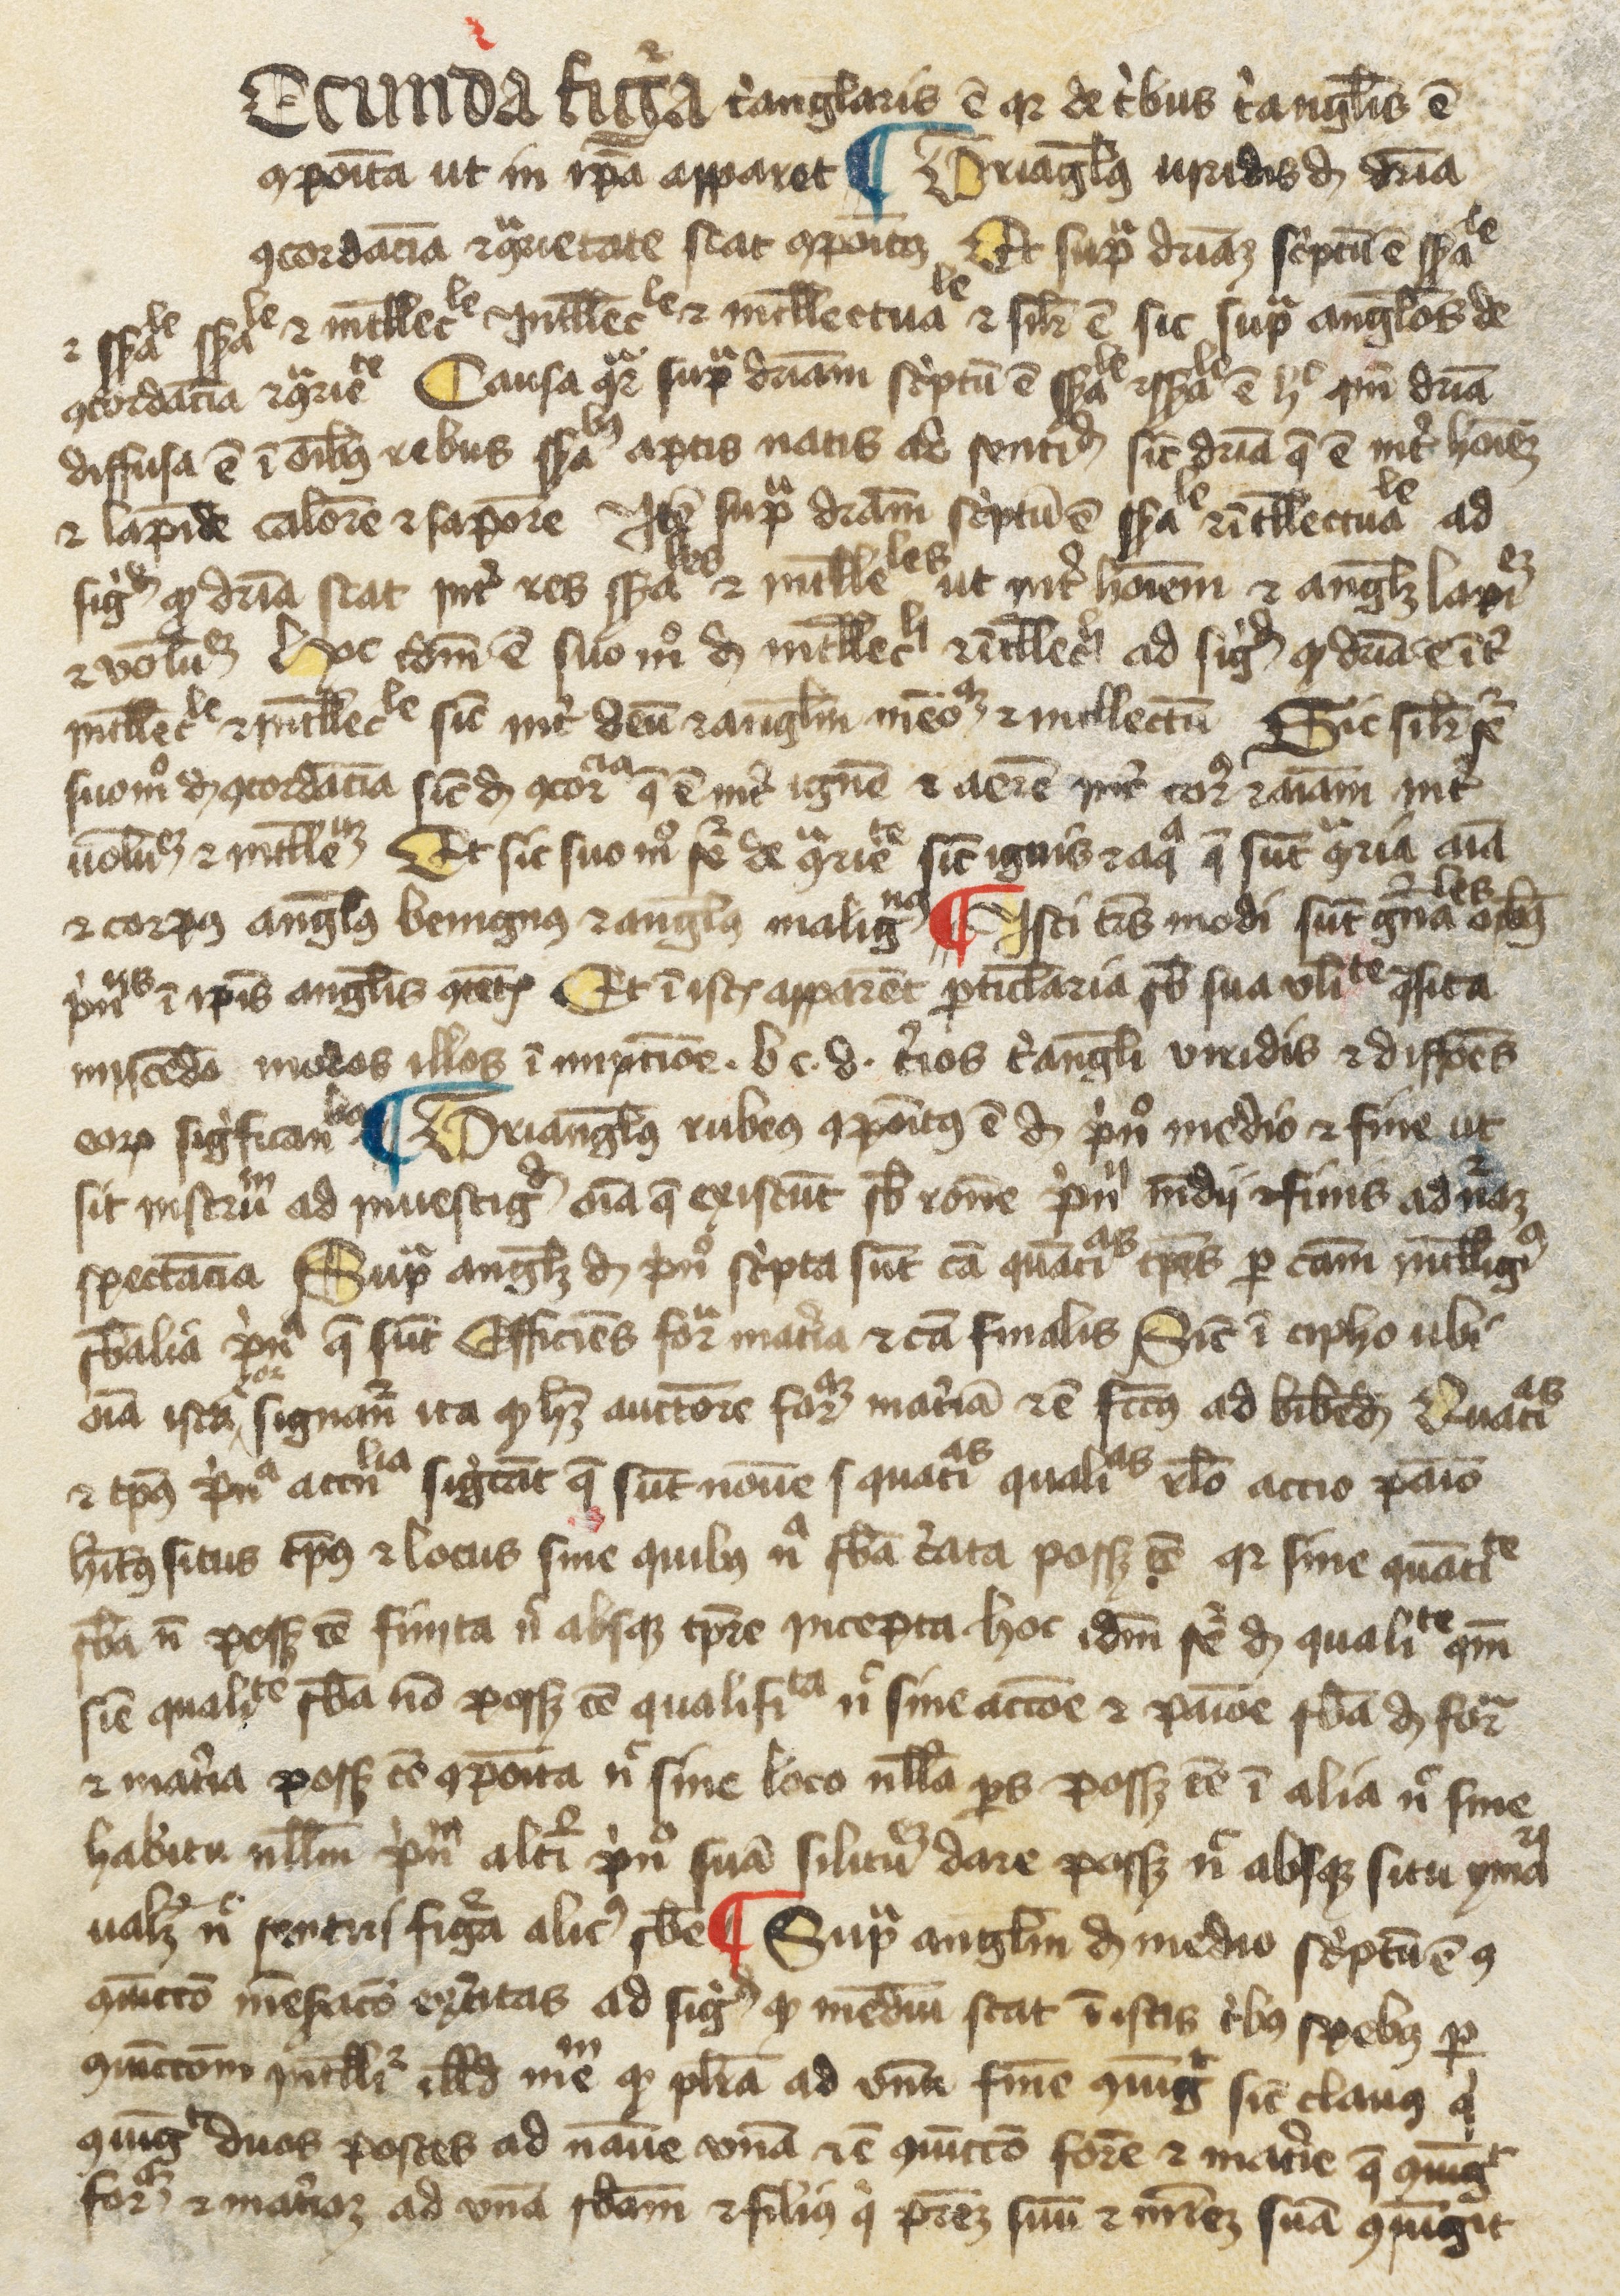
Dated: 1300–1399